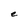
Character: e